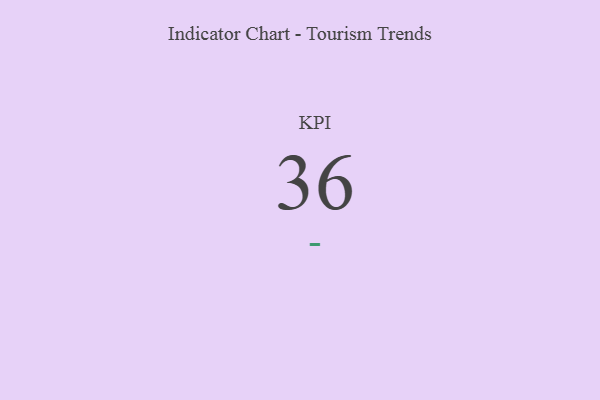
{"axis": {"x": "KPI", "y": "Value"}, "legend": [""], "data": [{"x": "KPI", "y": 36, "type": ""}]}